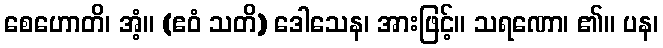
စေဟောတိ၊ အံ့။ (ဧဝံ သတိ) ဒေါသေန၊ အားဖြင့်။ သရဏော၊ ၏။ ပန၊